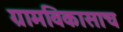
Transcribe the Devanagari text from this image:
ग्रामविकासाच